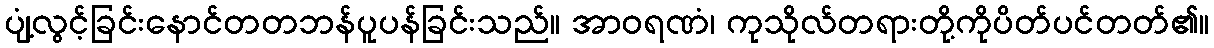
ပျံ့လွင့်ခြင်းနောင်တတဘန်ပူပန်ခြင်းသည်။ အာဝရဏံ၊ ကုသိုလ်တရားတို့ကိုပိတ်ပင်တတ်၏။